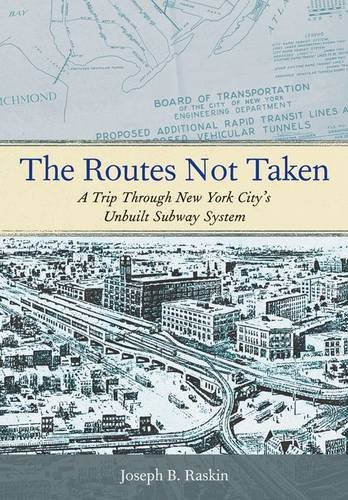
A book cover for The Routes Not Taken: A Trip Through New York City's Unbuilt Subway System; Joseph B. Raskin; Engineering & Transportation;